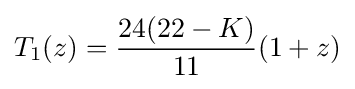
T_{1}(z)={\frac {24(22-K)}{11}}(1+z)